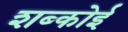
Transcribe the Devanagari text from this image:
शब्कोई